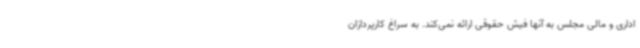
اداری و مالی مجلس به آنها فیش حقوقی ارائه نمی‌کند. به سراغ کارپردازان